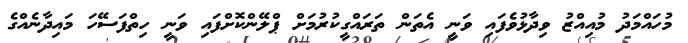
މުހައްމަދު މުއިއްޒު ވިދާޅުވެފައި ވަނީ އެތަން ތަރައްގީކުރުމަށް ޕްލޭންކޮށްފައި ވަނީ ހިތްފަސޭހަ މައިދާނެއްގެ